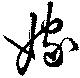
嫁